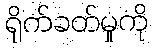
ရိုက်ခတ်မှုကို